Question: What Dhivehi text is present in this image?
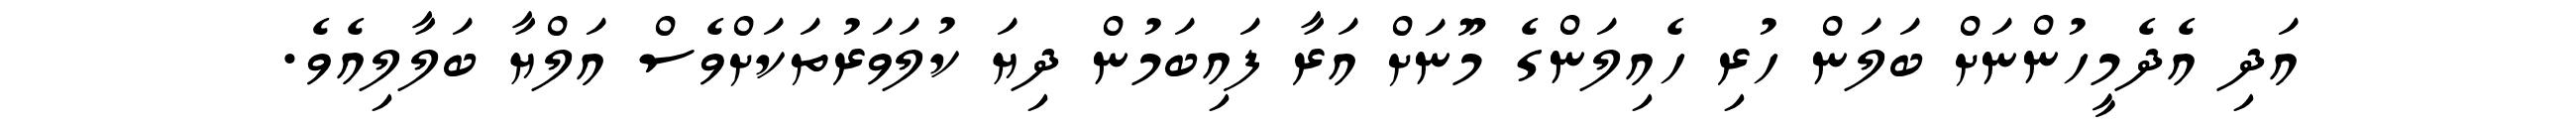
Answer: އަދި އެދެމީހުންނަށް ބަލަން ހުރި ހެއިލަންގެ މޫނަށް އަރާ ފައިބަމުން ދިޔަ ކުލަވަރުތަކަށްވެސް އަލްޔާ ބަލާލިއެވެ.